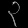
Digit: ၃